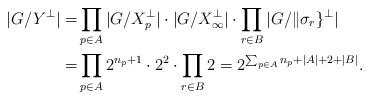
LaTeX: \begin{align*}|G/Y^{\perp}| = &\prod_{p\in A} |G/X_p^{\perp}|\cdot |G/X_{\infty}^{\perp}|\cdot \prod_{r\in B} |G/\| \sigma_r\}^{\perp}| \\ = &\prod_{p\in A} 2^{n_p+1}\cdot 2^2\cdot \prod_{r\in B} 2 = 2^{\sum_{p\in A} n_p+|A| +2+|B|}.\end{align*}